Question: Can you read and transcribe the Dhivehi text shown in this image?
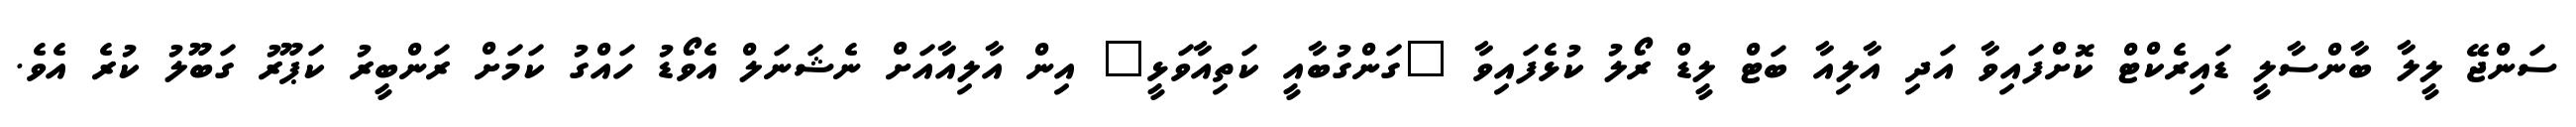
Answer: ސަންޖޭ ލީލާ ބާންސާލީ ޑައިރެކްޓް ކޮށްފައިވާ އަދި އާލިއާ ބަޓް ލީޑް ރޯލު ކުޅެފައިވާ "ގަންގުބާއީ ކަތިއާވަޅީ" އިން އާލިއާއަށް ނެޝަނަލް އެވޯޑު ހައްގު ކަމަށް ރަންބީރު ކަޕޫރު ގަބޫލު ކުރެ އެވެ.